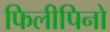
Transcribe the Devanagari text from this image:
फिलीपिनो